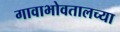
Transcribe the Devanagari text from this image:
गावाभोवतालच्या